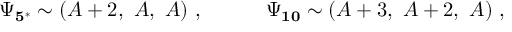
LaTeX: \Psi _ { \bf 5 ^ { * } } \sim ( A + 2 , \ A , \ A ) \ , \quad \qquad \Psi _ { \bf 1 0 } \sim ( A + 3 , \ A + 2 , \ A ) \ ,